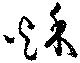
秋